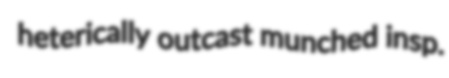
heterically outcast munched insp.